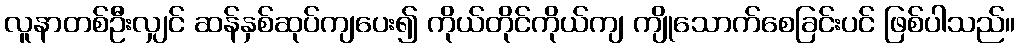
လူနာတစ်ဦးလျှင် ဆန်နှစ်ဆုပ်ကျပေး၍ ကိုယ်တိုင်ကိုယ်ကျ ကျိုသောက်စေခြင်းပင် ဖြစ်ပါသည်။